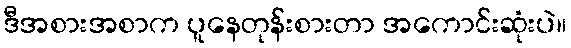
ဒီအစားအစာက ပူနေတုန်းစားတာ အကောင်းဆုံးပဲ။